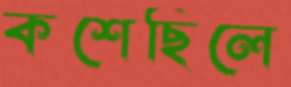
কশেছিলে